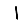
Digit: 1